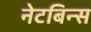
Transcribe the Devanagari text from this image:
नेटबिन्स